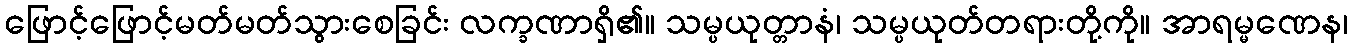
ဖြောင့်ဖြောင့်မတ်မတ်သွားစေခြင်း လက္ခဏာရှိ၏။ သမ္ပယုတ္တာနံ၊ သမ္ပယုတ်တရားတို့ကို။ အာရမ္မဏေန၊